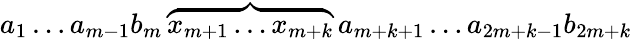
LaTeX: a_{1}\dots a_{m-1}b_{m}\overbrace{x_{m+1}\dots x_{m+k}}a_{m+k+1}\dots a_{2m+k-1}b_{2m+k}